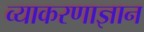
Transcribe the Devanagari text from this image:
व्याकरणाज्ञान